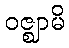
ဝဇ္ဈာမိ